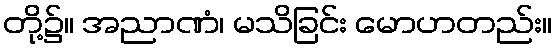
တို့၌။ အညာဏံ၊ မသိခြင်း မောဟတည်း။